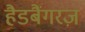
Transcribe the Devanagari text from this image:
हैडबैंगरज़